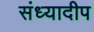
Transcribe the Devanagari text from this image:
संध्यादीप